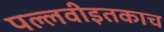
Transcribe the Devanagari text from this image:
पल्लवीइतकाच